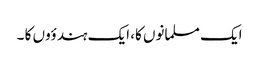
ایک مسلمانوں کا، ایک ہندؤوں کا ۔